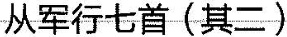
从军行七首(其二)